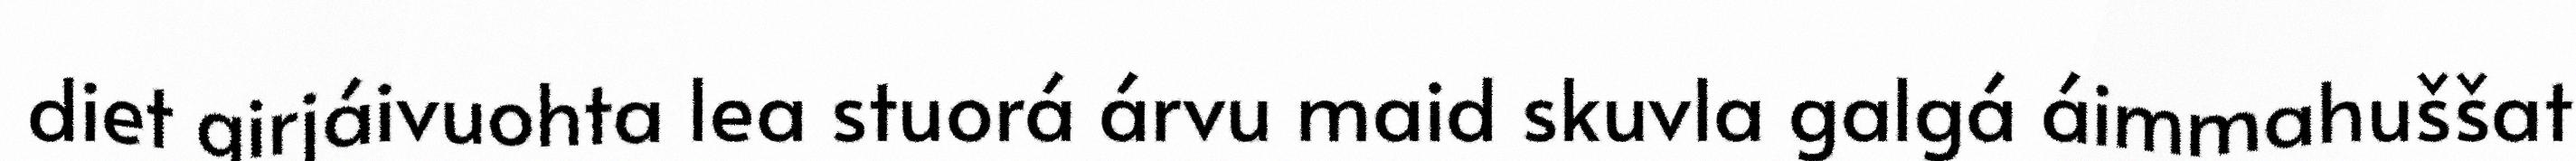
diet girjáivuohta lea stuorá árvu maid skuvla galgá áimmahuššat